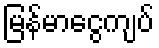
မြန်မာငွေကျပ်